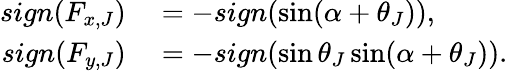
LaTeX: \begin{array}{rl}{sign(F_{x,J})}&{{}=-sign(\sin(\alpha+\theta_{J})),}\\ {sign(F_{y,J})}&{{}=-sign(\sin\theta_{J}\sin(\alpha+\theta_{J})).}\end{array}